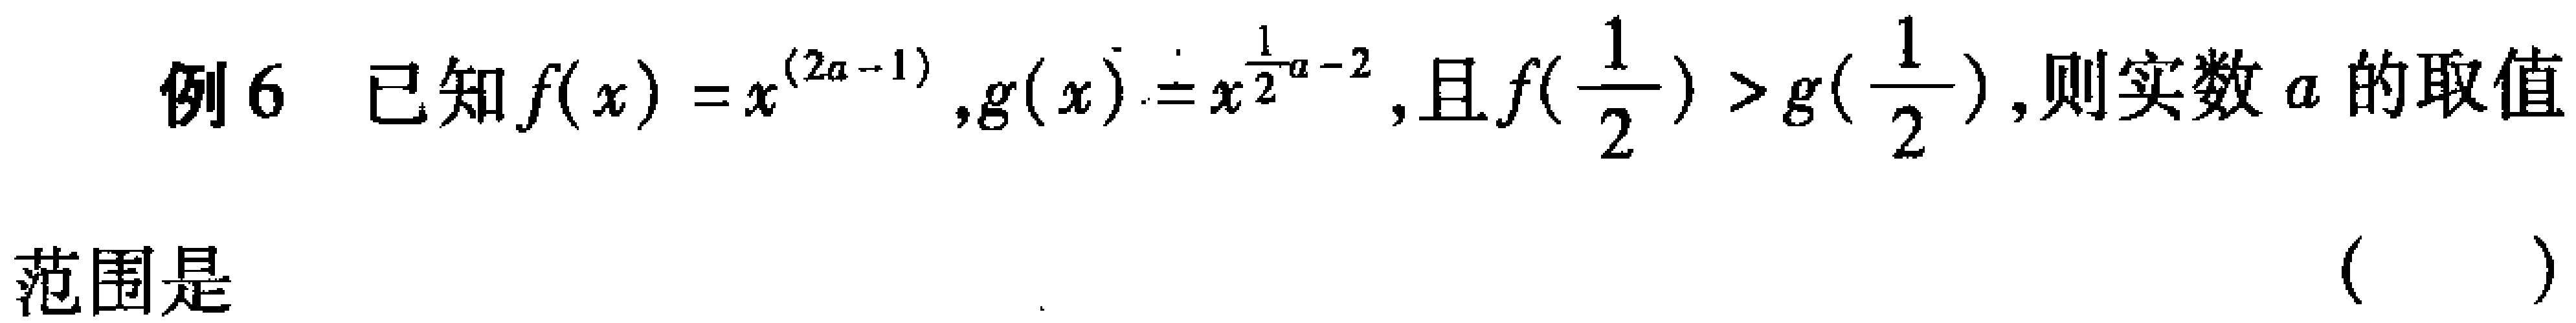
例6 已知$f(x)=x^{(2a - 1)},g(x)=x^{\frac{1}{2}a - 2}$,且$f(\frac{1}{2})>g(\frac{1}{2})$,则实数$a$的取值

范围是

( )